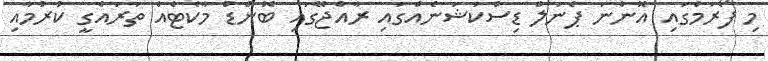
މި ފޯރަމްގައި އޮންނަ ޕެނަލް ޑިސްކަޝަނެއްގައި ރާއްޖޭގައި ބޮންޑް މާކެޓެއް ތަރައްގީ ކުރުމާއި